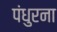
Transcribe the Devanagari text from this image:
पंधुरना